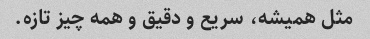
مثل همیشه، سریع و دقیق و همه چیز تازه.